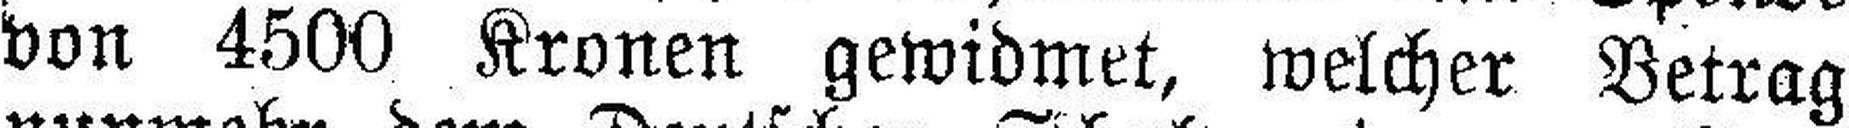
von 4500 Kronen gewidmet, welcher Betrag